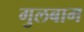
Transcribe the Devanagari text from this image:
गुलबाग